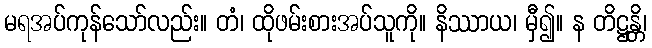
မရအပ်ကုန်သော်လည်း။ တံ၊ ထိုဖမ်းစားအပ်သူကို။ နိဿာယ၊ မှီ၍။ န တိဋ္ဌန္တိ၊